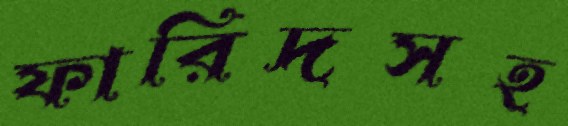
ফারিদসহ